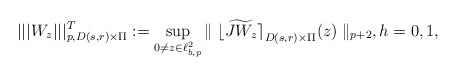
\begin{align*}|||{W_z}|||_{p,D(s,r)\times\Pi}^{T}: =\sup_{0\neq z\in \ell^2_{b,p}}{\parallel{\lfloor{\widetilde{JW_z}}\rceil}_{D(s,r)\times\Pi}(z)\parallel_{p+2}}, h=0,1,\end{align*}